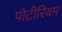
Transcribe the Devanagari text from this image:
पोटीरियम